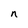
Character: n